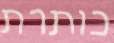
כותרת